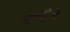
રૂદર